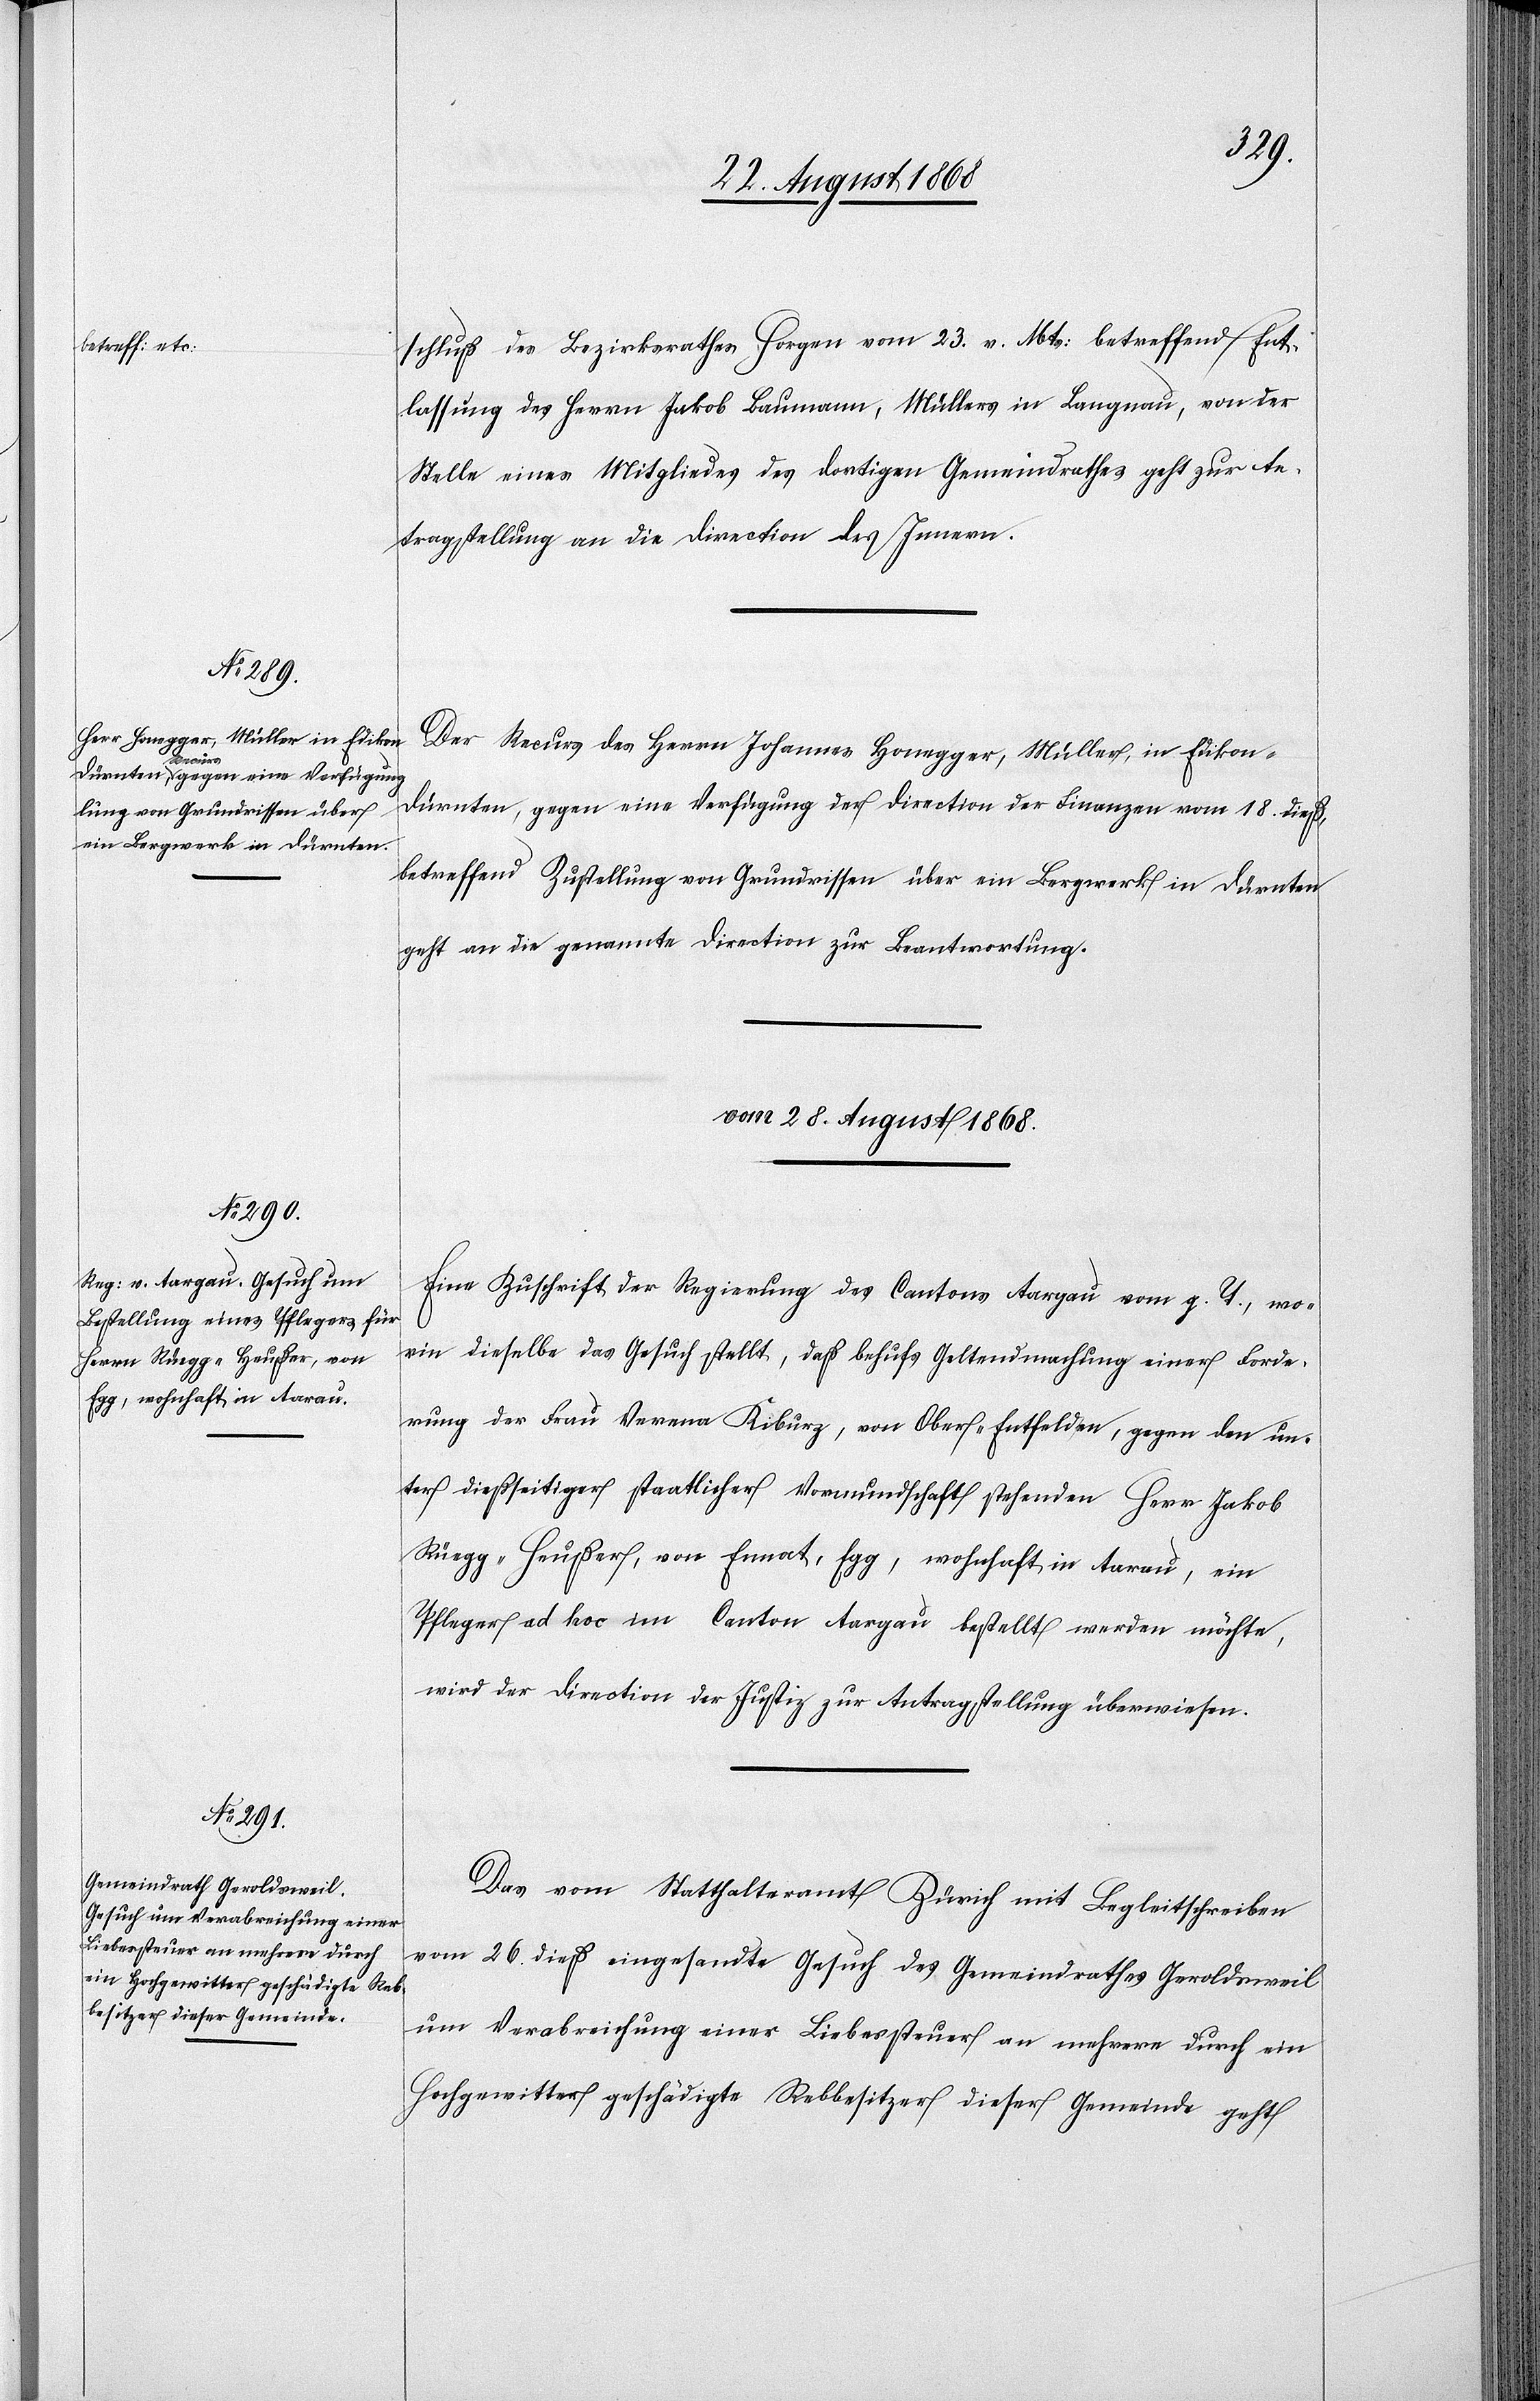
Egg, wohnhaft in Aarau,

schluß des Bezirksrathes Horgen vom 23. v. Mts: betreffend Ent¬
lassung des Herrn Jakob Baumann, Müllers in Langnau, von der
Stelle eines Mitgliedes des dortigen Gemeindrathes geht zur An¬
tragstellung an die Direction des Innern.
Der Recurs des Herrn Johannes Honegger, Müller, in Edikon -
Dürnten, gegen eine Verfügung der Direction der Finanzen vom 18. dieß,
betreffend Zustellung von Grundrissen über ein Bergwerk in Dürnten
geht an die genannte Direction zur Beantwortung.
vom 28. August 1868.]
Eine Zuschrift der Regierung des Cantons Aargau vom g. T., wor¬
in dieselbe das Gesuch stellt, daß behufs Geltendmachung einer Forde¬
rung der Frau Verena Kiburz, von Ober-Entfelden, gegen den un¬
ter dießseitiger staatlicher Vormundschaft stehenden Herr Jakob
Pfleger ad hoc im Canton Aargau bestellt werden möchte,
wird der Direction der Justiz zur Antragstellung überwiesen.
Das vom Statthalteramt Zürich mit Begleitschreiben
vom 26. dieß eingesandte Gesuch des Gemeindrathes Geroldsweil
um Verabreichung einer Liebessteuer an mehrere durch ein
Hochgewitter geschädigte Rebbesitzer dieser Gemeinde geht